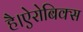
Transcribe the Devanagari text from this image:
है।ऐरोबिक्स